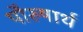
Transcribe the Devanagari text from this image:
पौरुषार्थ